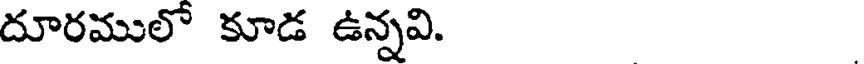
దూరములో కూడ ఉన్నవి.